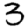
Digit: 3